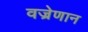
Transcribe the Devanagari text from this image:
वज्रेणान